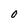
Character: 0